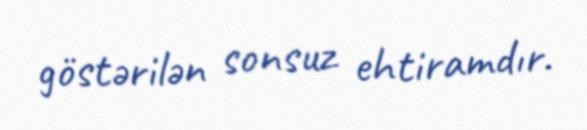
göstərilən sonsuz ehtiramdır.